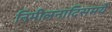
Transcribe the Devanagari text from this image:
निमीलनादिसमये